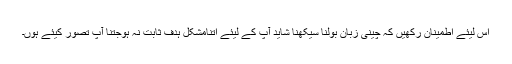
اس لیئے اطمینان رکھیں کہ چینی زبان بولنا سیکھنا شاید آپ کے لیئے اتنامشکل ہدف ثابت نہ ہوجتنا آپ تصور کیئے ہوں۔